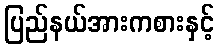
ပြည်နယ်အားကစားနှင့်